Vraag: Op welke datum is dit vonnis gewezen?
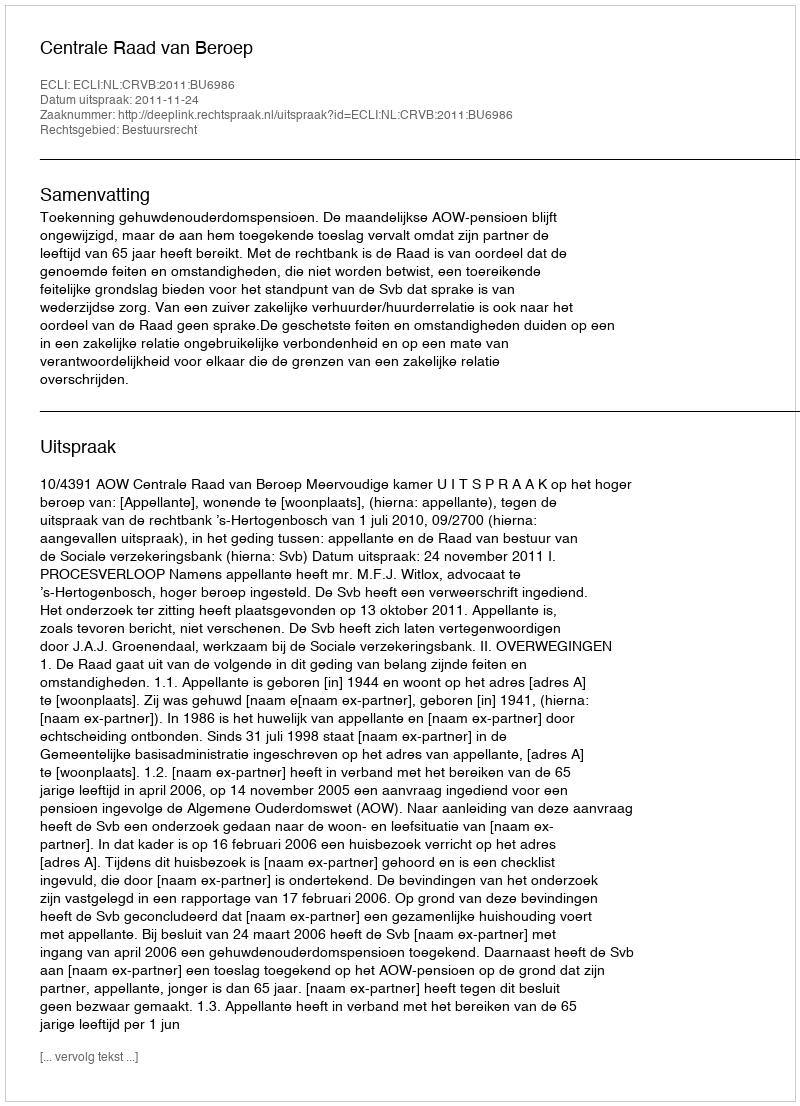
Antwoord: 2011-11-24